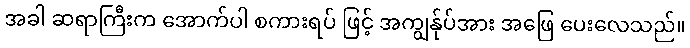
အခါ ဆရာကြီးက အောက်ပါ စကားရပ် ဖြင့် အကျွန်ုပ်အား အဖြေ ပေးလေသည်။